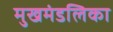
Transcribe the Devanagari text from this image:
मुखमंडलिका